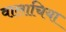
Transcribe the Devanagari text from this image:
वालाचिया